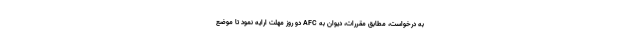
به درخواست، مطابق مقررات، دیوان به AFC دو روز مهلت ارایه نمود تا موضع